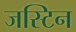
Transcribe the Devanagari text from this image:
जस्‍टिन